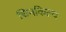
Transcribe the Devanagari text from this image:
चिनकिल्च